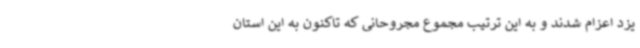
یزد اعزام شدند و به این ترتیب مجموع مجروحانی که تاکنون به این استان